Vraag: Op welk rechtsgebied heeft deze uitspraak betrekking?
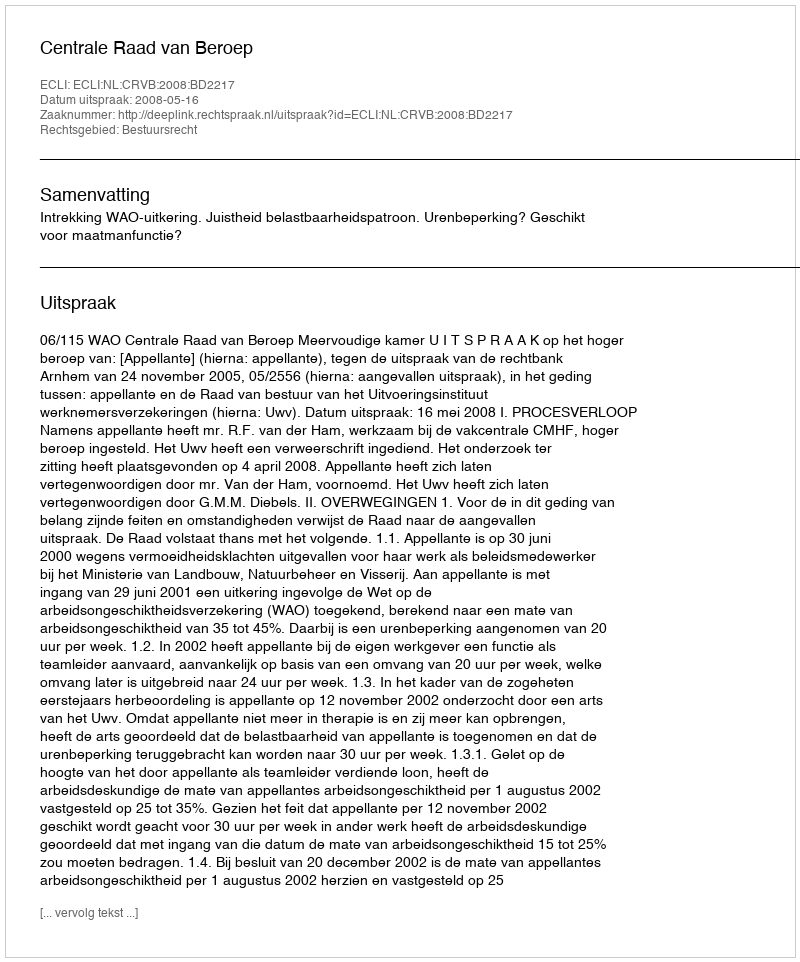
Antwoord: Bestuursrecht